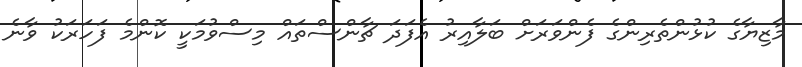
މާޒިޔާގެ ކުޅުންތެރިންގެ ފެންވަރަށް ބަލާއިރު އެފަދަ ޗާންސްތައް މިސްވުމަކީ ކޮންމެ ފަހަރަކު ވާނެ